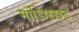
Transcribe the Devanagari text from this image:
माॅडिफाइड